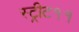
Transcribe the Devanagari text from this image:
स्ट्रीट११